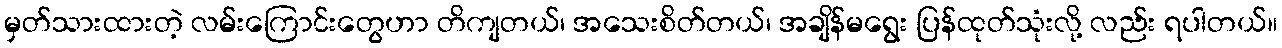
မှတ်သားထားတဲ့ လမ်းကြောင်းတွေဟာ တိကျတယ်၊ အသေးစိတ်တယ်၊ အချိန်မရွေး ပြန်ထုတ်သုံးလို့ လည်း ရပါတယ်။